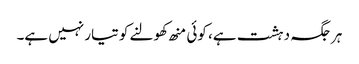
ہرجگہ دہشت ہے، کوئی منھ کھولنے کو تیار نہیں ہے۔